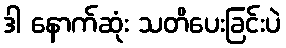
ဒါ နောက်ဆုံး သတိပေးခြင်းပဲ